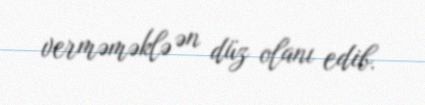
verməməklə ən düz olanı edib.